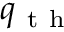
q _ { \mathrm { ~ t ~ h ~ } }